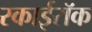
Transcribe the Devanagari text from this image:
स्काईरॉक